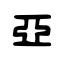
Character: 亞